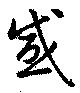
感